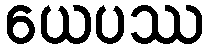
ယေပဿ